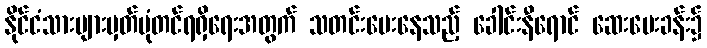
နိုင်ငံသားများမှတ်ပုံတင်ရရှိရေးအတွက် သတင်းပေးနေသည့် ခေါင်းနီရောင် ဆေးပေးခန်း၌